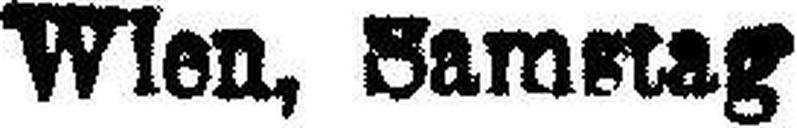
Wien, Samstag